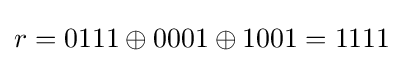
r=0111\oplus 0001\oplus 1001=1111